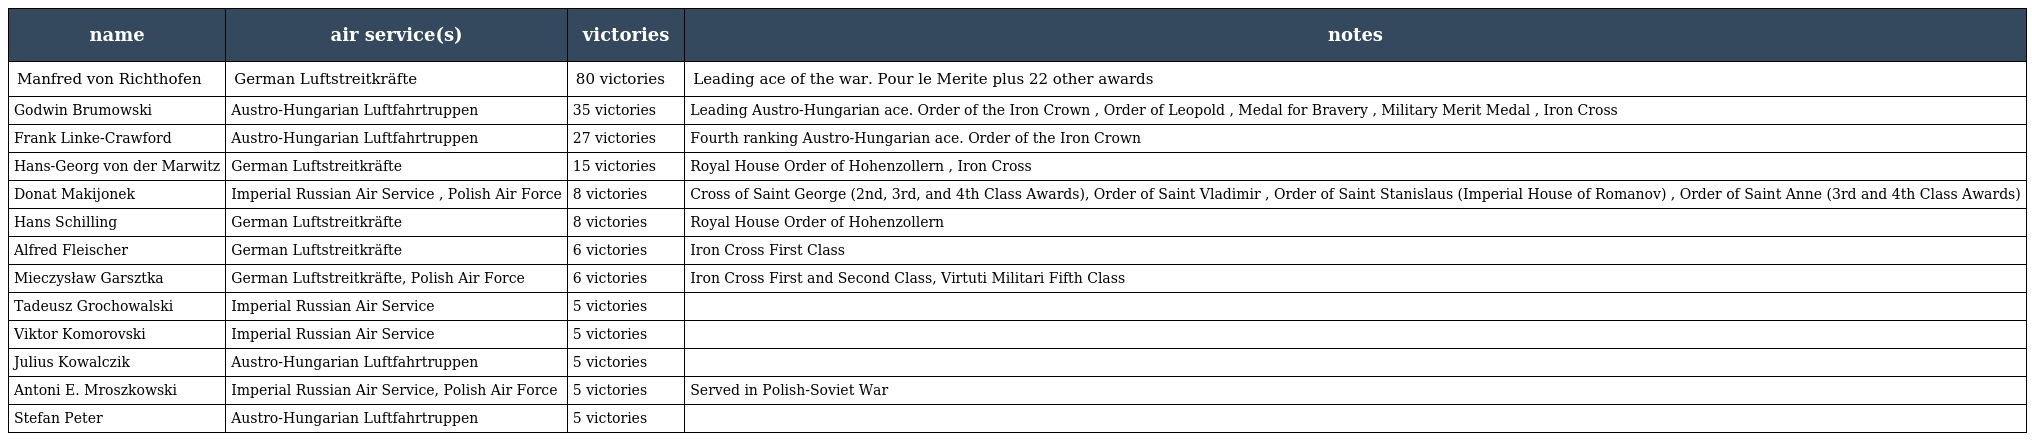
| name | air service(s) | victories | notes |
 | --- | --- | --- | --- |
 | Manfred von Richthofen | German Luftstreitkräfte | 80 victories | Leading ace of the war. Pour le Merite plus 22 other awards |
 | Godwin Brumowski | Austro-Hungarian Luftfahrtruppen | 35 victories | Leading Austro-Hungarian ace. Order of the Iron Crown , Order of Leopold , Medal for Bravery , Military Merit Medal , Iron Cross |
 | Frank Linke-Crawford | Austro-Hungarian Luftfahrtruppen | 27 victories | Fourth ranking Austro-Hungarian ace. Order of the Iron Crown |
 | Hans-Georg von der Marwitz | German Luftstreitkräfte | 15 victories | Royal House Order of Hohenzollern , Iron Cross |
 | Donat Makijonek | Imperial Russian Air Service , Polish Air Force | 8 victories | Cross of Saint George (2nd, 3rd, and 4th Class Awards), Order of Saint Vladimir , Order of Saint Stanislaus (Imperial House of Romanov) , Order of Saint Anne (3rd and 4th Class Awards) |
 | Hans Schilling | German Luftstreitkräfte | 8 victories | Royal House Order of Hohenzollern |
 | Alfred Fleischer | German Luftstreitkräfte | 6 victories | Iron Cross First Class |
 | Mieczysław Garsztka | German Luftstreitkräfte, Polish Air Force | 6 victories | Iron Cross First and Second Class, Virtuti Militari Fifth Class |
 | Tadeusz Grochowalski | Imperial Russian Air Service | 5 victories |  |
 | Viktor Komorovski | Imperial Russian Air Service | 5 victories |  |
 | Julius Kowalczik | Austro-Hungarian Luftfahrtruppen | 5 victories |  |
 | Antoni E. Mroszkowski | Imperial Russian Air Service, Polish Air Force | 5 victories | Served in Polish-Soviet War |
 | Stefan Peter | Austro-Hungarian Luftfahrtruppen | 5 victories |  |